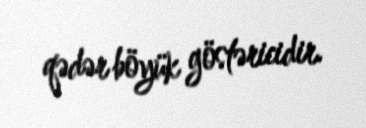
qədər böyük göstəricidir.